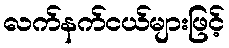
လက်နက်ငယ်များဖြင့်